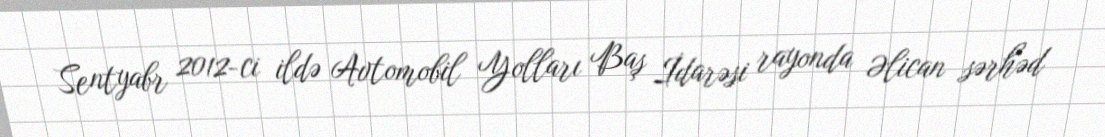
Sentyabr 2012-ci ildə Avtomobil Yolları Baş İdarəsi rayonda Əlican sərhəd